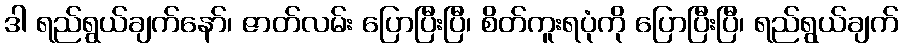
ဒါ ရည်ရွယ်ချက်နော်၊ ဇာတ်လမ်း ပြောပြီးပြီ၊ စိတ်ကူးရပုံကို ပြောပြီးပြီ၊ ရည်ရွယ်ချက်